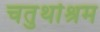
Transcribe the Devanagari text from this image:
चतुर्थाश्रम